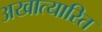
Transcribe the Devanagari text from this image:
अखात्यारित